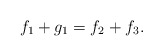
\begin{align*}f_1+g_1=f_2+f_3.\end{align*}